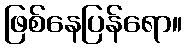
ဖြစ်နေပြန်ရော။